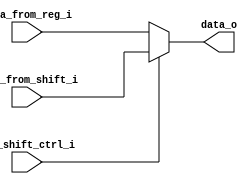
module ALUData1Mux (
    input [31:0] data_from_reg_i,  // Data from the register.
    input [31:0] data_from_shift_i,  // Data from the shift amount.
    input use_shift_ctrl_i,  // Control flag:
                             //     0 -> data from register
                             //     1 -> data from shift amount.

    output [31:0] data_o  // The output data.
);

assign data_o = (use_shift_ctrl_i ?  data_from_shift_i : data_from_reg_i);

endmodule